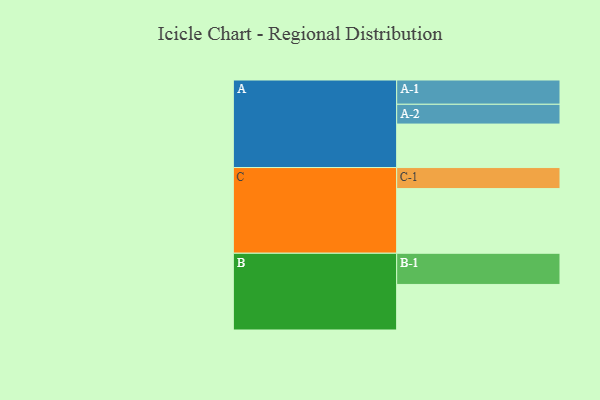
{"axis": {"x": "Segment", "y": "Value"}, "legend": ["", "A", "B", "C"], "data": [{"x": "A", "y": 378, "type": ""}, {"x": "B", "y": 396, "type": ""}, {"x": "C", "y": 562, "type": ""}, {"x": "A-1", "y": 211, "type": "A"}, {"x": "A-2", "y": 172, "type": "A"}, {"x": "B-1", "y": 271, "type": "B"}, {"x": "C-1", "y": 183, "type": "C"}]}